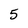
Character: 5